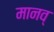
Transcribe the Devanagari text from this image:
मानव्